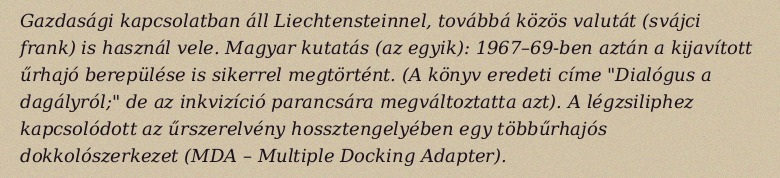
Gazdasági kapcsolatban áll Liechtensteinnel, továbbá közös valutát (svájci frank) is használ vele. Magyar kutatás (az egyik): 1967–69-ben aztán a kijavított űrhajó berepülése is sikerrel megtörtént. (A könyv eredeti címe "Dialógus a dagályról;" de az inkvizíció parancsára megváltoztatta azt). A légzsiliphez kapcsolódott az űrszerelvény hossztengelyében egy többűrhajós dokkolószerkezet (MDA – Multiple Docking Adapter).